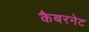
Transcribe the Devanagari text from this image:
कैबरनेट